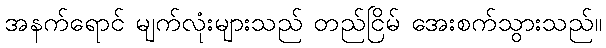
အနက်ရောင် မျက်လုံးများသည် တည်ငြိမ် အေးစက်သွားသည်။